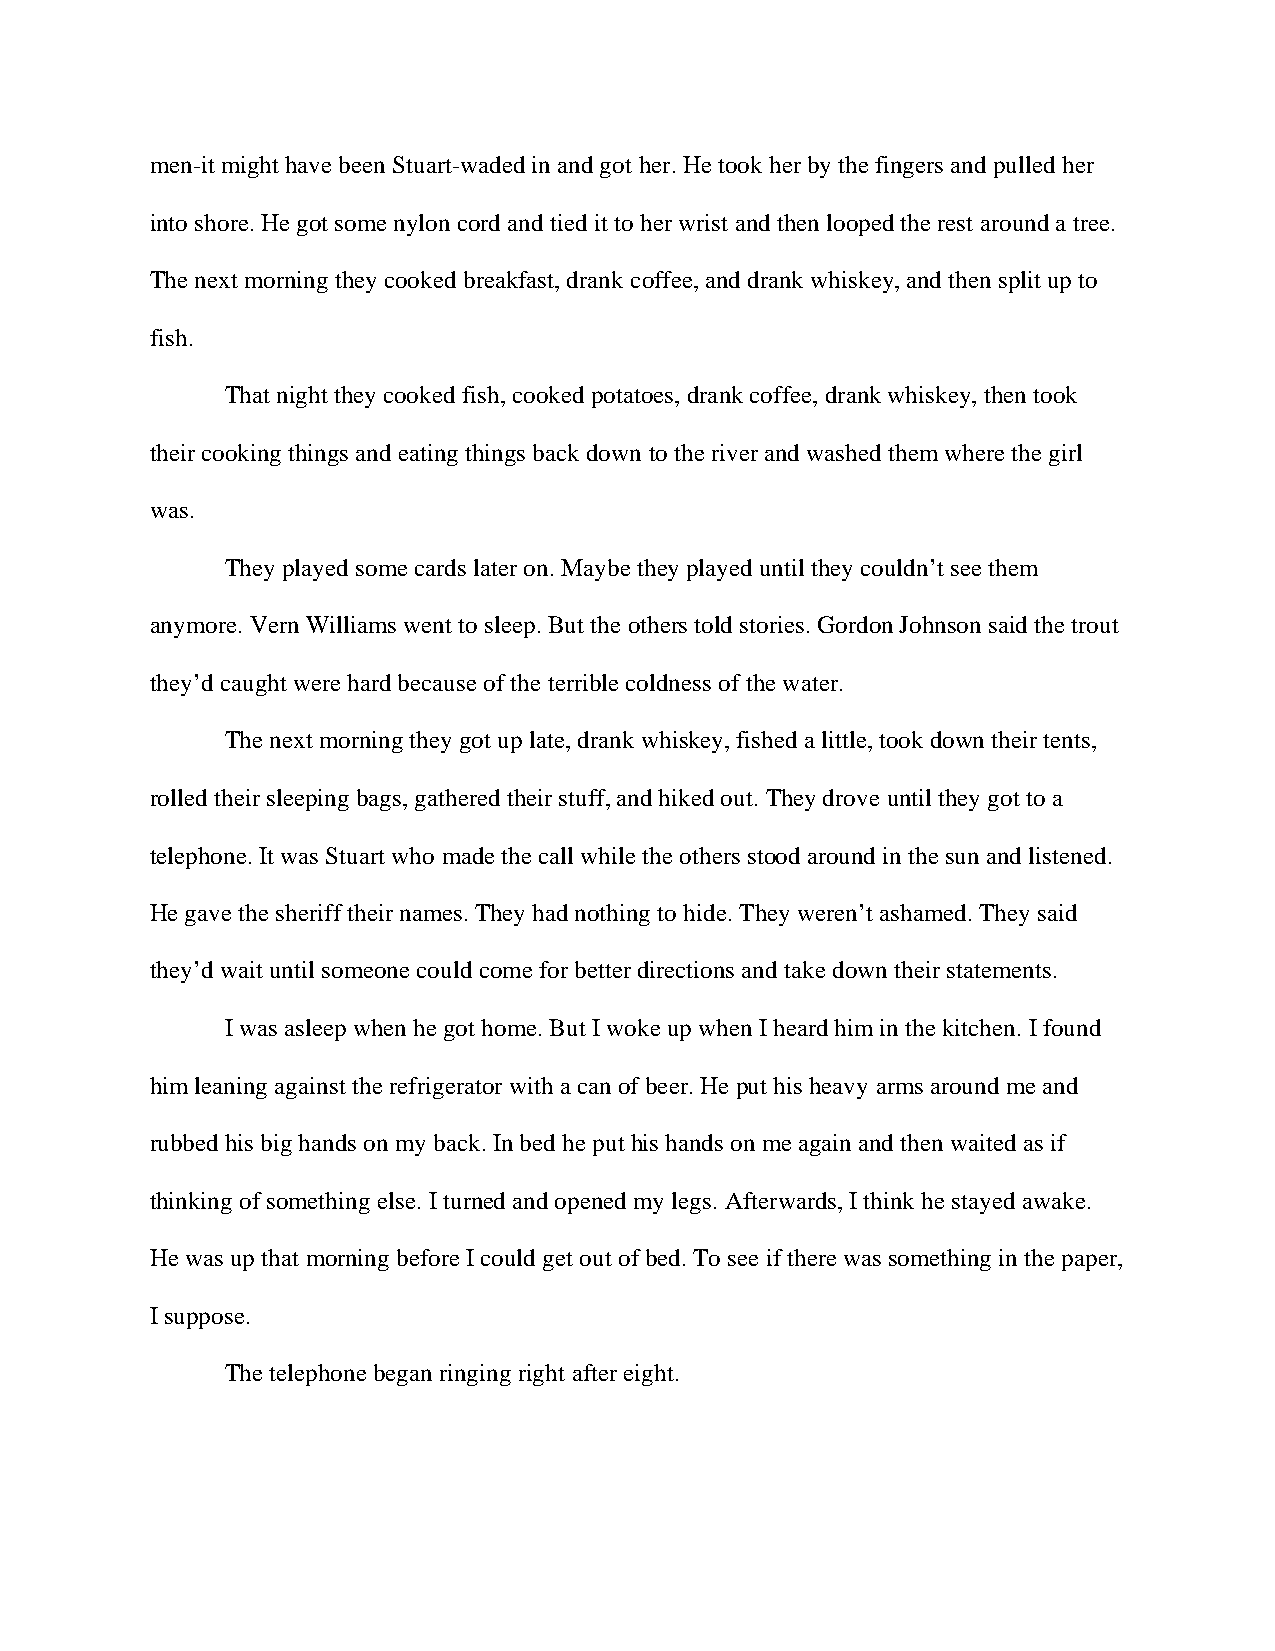
men-it might have been Stuart-waded in and got her. He took her by the fingers and pulled her
 into shore. He got some nylon cord and tied it to her wrist and then looped the rest around a tree.
 The next morning they cooked breakfast, drank coffee, and drank whiskey, and then split up to
 fish.
 That night they cooked fish, cooked potatoes, drank coffee, drank whiskey, then took
 their cooking things and eating things back down to the river and washed them where the girl
 was.
 They played some cards later on. Maybe they played until they couldn’t see them
 anymore. Vern Williams went to sleep. But the others told stories. Gordon Johnson said the trout
 they’d caught were hard because of the terrible coldness of the water.
 The next morning they got up late, drank whiskey, fished a little, took down their tents,
 rolled their sleeping bags, gathered their stuff, and hiked out. They drove until they got to a
 telephone. It was Stuart who made the call while the others stood around in the sun and listened.
 He gave the sheriff their names. They had nothing to hide. They weren’t ashamed. They said
 they’d wait until someone could come for better directions and take down their statements.
 I was asleep when he got home. But I woke up when I heard him in the kitchen. I found
 him leaning against the refrigerator with a can of beer. He put his heavy arms around me and
 rubbed his big hands on my back. In bed he put his hands on me again and then waited as if
 thinking of something else. I turned and opened my legs. Afterwards, I think he stayed awake.
 He was up that morning before I could get out of bed. To see if there was something in the paper,
 I suppose.
 The telephone began ringing right after eight.